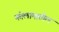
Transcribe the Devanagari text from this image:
कोलामातील